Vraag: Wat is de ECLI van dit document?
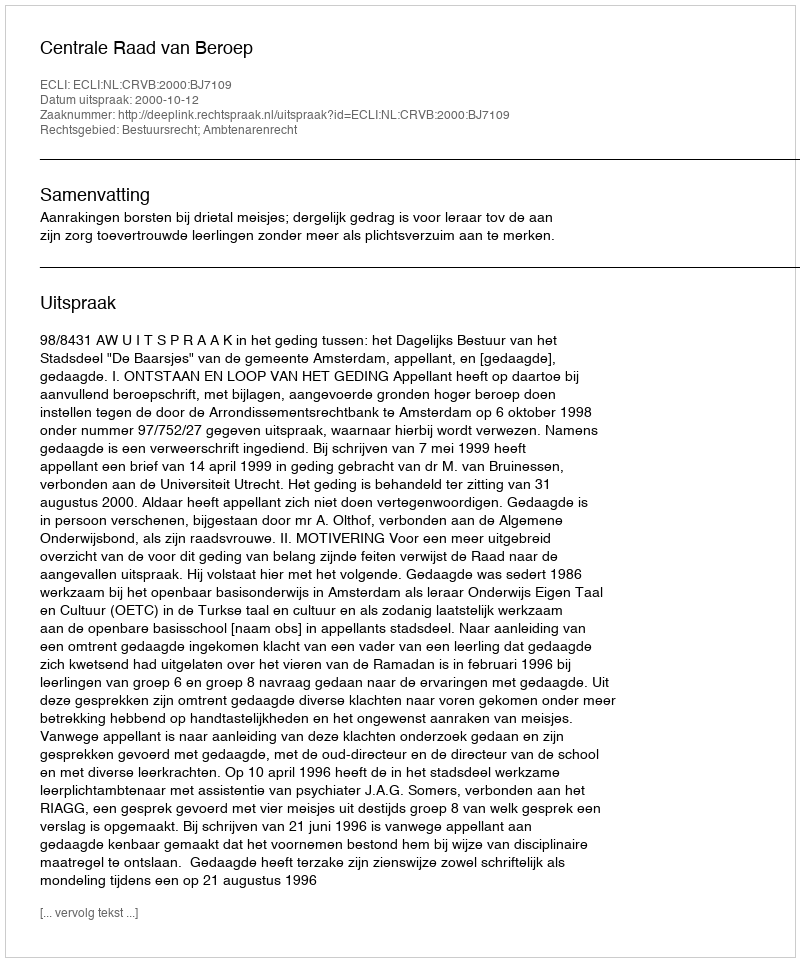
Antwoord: ECLI:NL:CRVB:2000:BJ7109